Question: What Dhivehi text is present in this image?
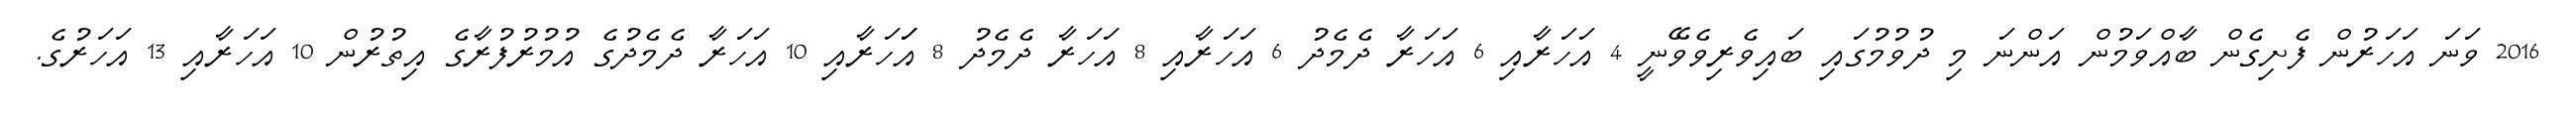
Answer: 2016 ވަނަ އަހަރުން ފެށިގެން ބާއްވަމުން އަންނަ މި ދުވުމުގައި ބައިވެރިވެވޭނީ 4 އަހަރާއި 6 އަހަރާ ދެމެދު 6 އަހަރާއި 8 އަހަރާ ދެމެދު 8 އަަހަރާއި 10 އަހަރާ ދެމެދުގެ އުމުރުފުރާގެ އިތުރުން 10 އަހަރާއި 13 އަހަރުގެ.